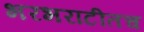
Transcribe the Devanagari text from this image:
भरभराटीतच